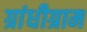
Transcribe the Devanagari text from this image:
ग्रांधीग्राम